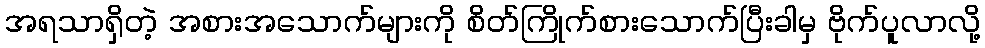
အရသာရှိတဲ့ အစားအသောက်များကို စိတ်ကြိုက်စားသောက်ပြီးခါမှ ဗိုက်ပူလာလို့